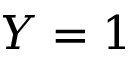
Y = 1